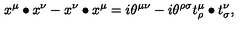
x ^ { \mu } \bullet x ^ { \nu } - x ^ { \nu } \bullet x ^ { \mu } = i \theta ^ { \mu \nu } - i \theta ^ { \rho \sigma } t _ { \rho } ^ { \mu } \bullet t _ { \sigma } ^ { \nu } ,